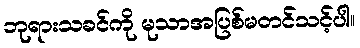
ဘုရားသခင်ကို မုသာအပြစ်မတင်သင့်ပါ။